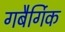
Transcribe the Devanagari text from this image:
गबैर्गिक